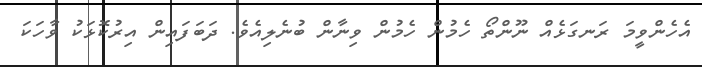
އެހެންވީމަ ރަނގަޅެއް ނޫންތޯ ހެމުން ހެމުން ވިނާން ބުނެލިއެވެ. ދަބަފައިން އިރުކޮޅަކު ވާހަކަ